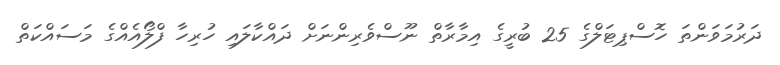
ދަރުމަވަންތަ ހޮސްޕިޓަލްގެ 25 ބުރީގެ އިމާރާތް ނޫސްވެރިންނަށް ދައްކާލައި ހުރިހާ ފްލޯއެއްގެ މަސައްކަތް